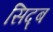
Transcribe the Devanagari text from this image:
सिद्ब